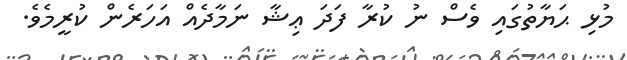
މުޅި ޙަޔާތުގައި ވެސް ނު ކުރާ ފަދަ ޢިޝާ ނަމާދެއް އަހަރެން ކުރީމެވެ.